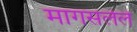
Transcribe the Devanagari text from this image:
मागसलेले